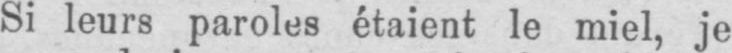
Si leurs paroles étaient le miel, je